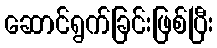
ဆောင်ရွက်ခြင်းဖြစ်ပြီး